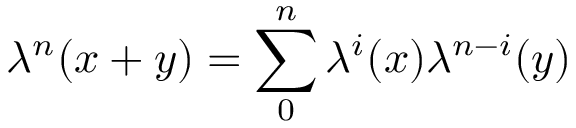
\lambda ^ { n } ( x + y ) = \sum _ { 0 } ^ { n } \lambda ^ { i } ( x ) \lambda ^ { n - i } ( y )